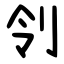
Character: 刢